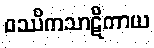
ဝဿိကသာဋိကာယ